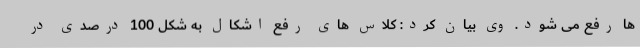
ها رفع می شود. وی بیان کرد: کلاس های رفع اشکال به شکل 100 درصدی در